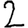
Digit: 2